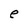
Character: e